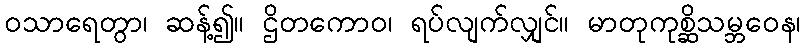
ဝသာရေတွာ၊ ဆန့်၍။ ဌိတကောဝ၊ ရပ်လျက်လျှင်။ မာတုကုစ္ဆိသမ္ဘဝေန၊